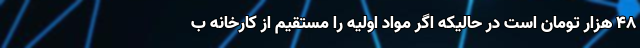
48 هزار تومان است در حالیکه اگر مواد اولیه را مستقیم از کارخانه ب